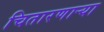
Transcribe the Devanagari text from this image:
चितारणाऱ्या